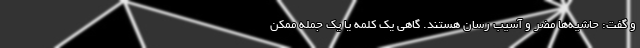
و گفت: حاشیه‌ها مضر و آسیب رسان هستند. گاهی یک کلمه یا یک جمله ممکن